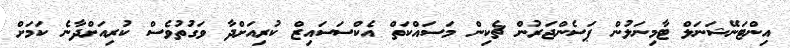
އިންޓަނޭޝަނަލް ޓާމިނަލުން ޕަސެންޖަރުން ޗެކިން މަސައްކަތް އެކްސަސައިޒް ކުރިއަށްދާ ވަގުތުވެސް ކުރިއަށްދާނެ ކަަމަށް